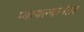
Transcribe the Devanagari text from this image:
प्यायल्यानंतर